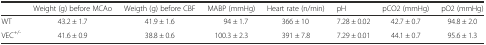
|  | Weight (g) before MCAo | Weigth (g) before CBF | MABP (mmHg) | Heart rate (n/min) | pH | pCO2 (mmHg) | pO2 (mmHg) |
 | --- | --- | --- | --- | --- | --- | --- | --- |
 | WT | 43.2 ± 1.7 | 41.9 ± 1.6 | 94 ± 1.7 | 366 ± 10 | 7.28 ± 0.02 | 42.7 ± 0.7 | 94.8 ± 2.0 |
 | VEC+/- | 41.6 ± 0.9 | 38.8 ± 0.6 | 100.3 ± 2.3 | 391 ± 7.8 | 7.29 ± 0.01 | 44.1 ± 0.7 | 95.6 ± 1.3 |